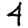
Digit: 4